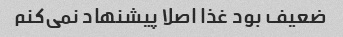
ضعیف بود غذا اصلا پیشنهاد نمی‌کنم